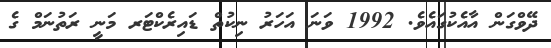
ދޭވްގަން އާއެކުގައެވެ. 1992 ވަނަ އަހަރު ނިކުތް ޑައިރެކްޓަރ މަނީ ރަތުނަމް ގެ